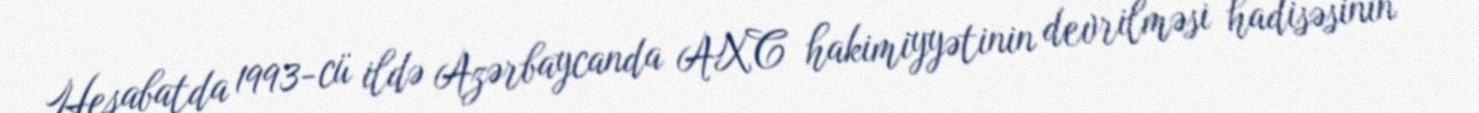
Hesabatda 1993-cü ildə Azərbaycanda AXC hakimiyyətinin devrilməsi hadisəsinin